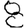
Digit: 8